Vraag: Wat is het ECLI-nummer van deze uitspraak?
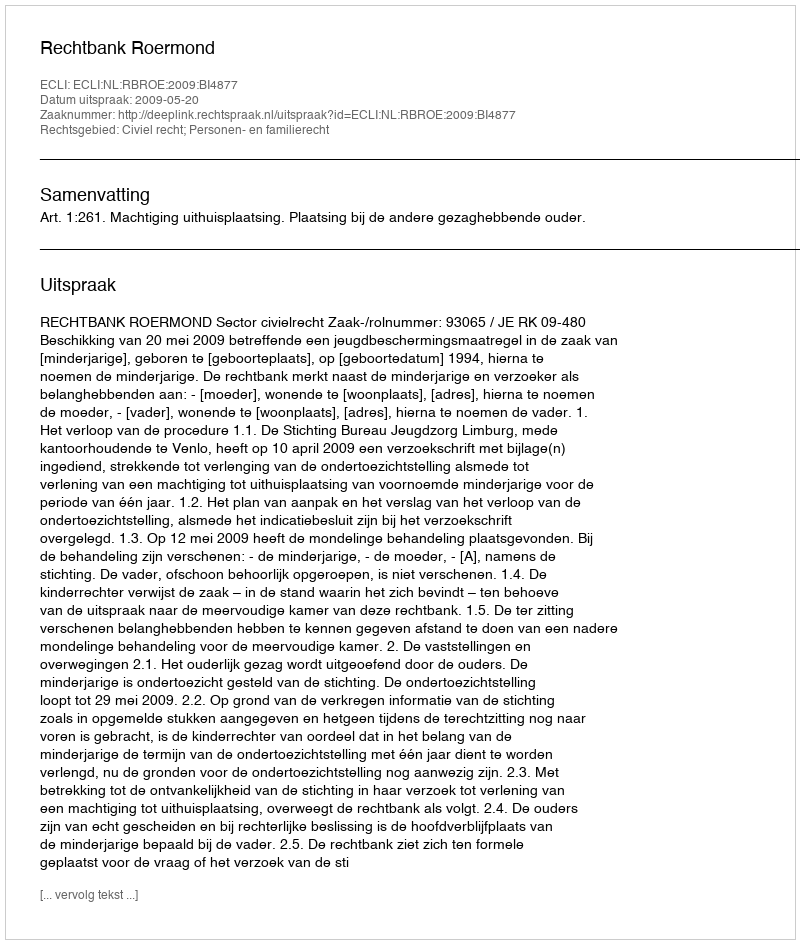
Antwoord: ECLI:NL:RBROE:2009:BI4877